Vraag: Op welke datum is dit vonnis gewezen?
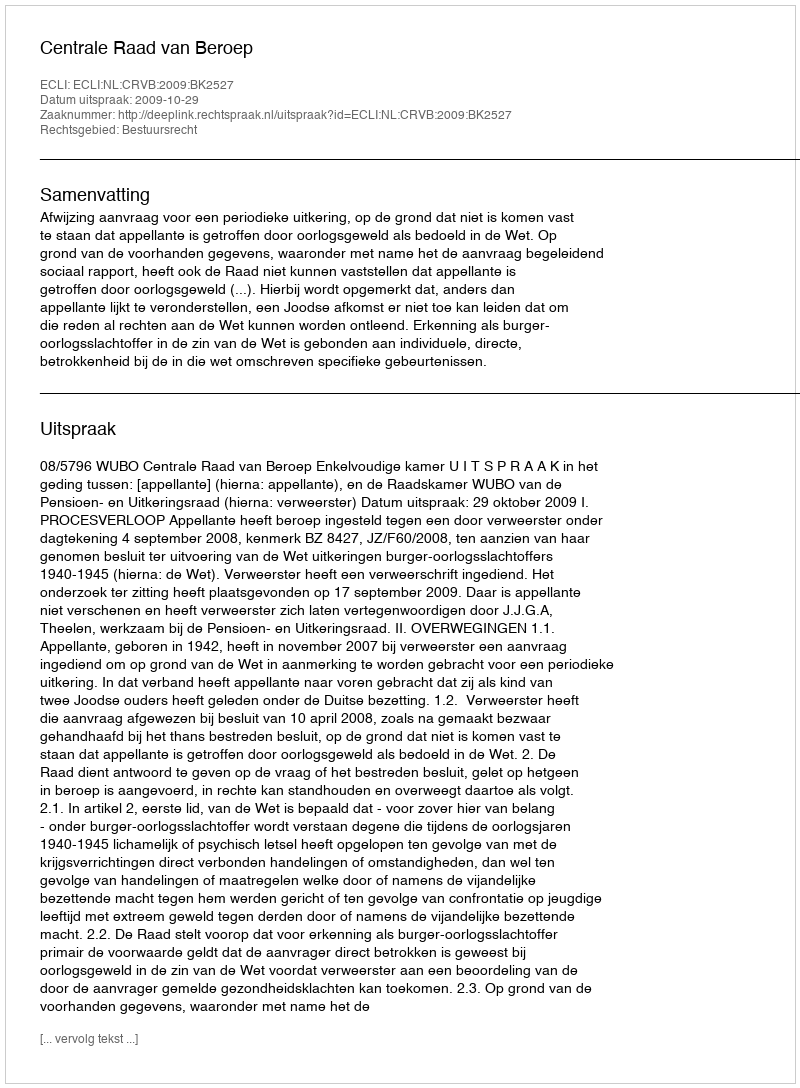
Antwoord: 2009-10-29